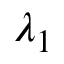
\lambda _ { 1 }